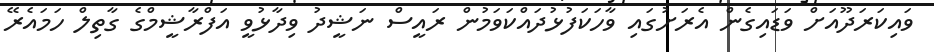
ވައިކަރަދޫއަށް ވަޑައިގެން އެރަށުގައި ވާހަކަފުޅުދައްކަވަމުން ރައީސް ނަޝީދު ވިދާޅުވީ އަފްރާޝީމްގެ ގާތިލް ހަމައެރޭ